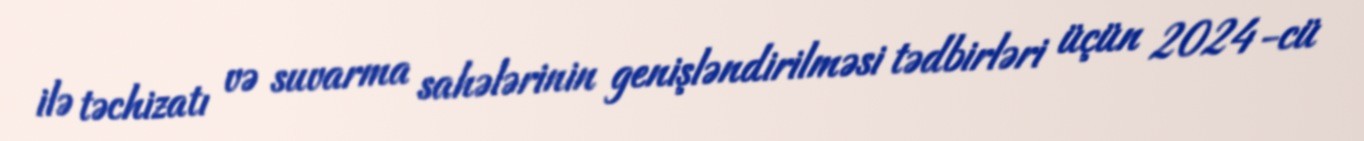
ilə təchizatı və suvarma sahələrinin genişləndirilməsi tədbirləri üçün 2024-cü